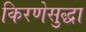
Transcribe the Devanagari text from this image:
किरणेसुद्धा